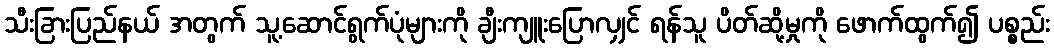
သီးခြားပြည်နယ် အတွက် သူ့ဆောင်ရွက်ပုံများကို ချီးကျူးပြောလျှင် ရန်သူ ပိတ်ဆို့မှုကို ဖောက်ထွက်၍ ပစ္စည်း